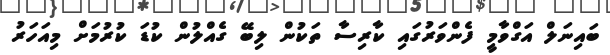
ބައިނަލް އަގްވާމީ ފެންވަރުގައި ކާރިސާ ތަކުން ލިބޭ ގެއްލުން ކުޑަ ކުރުމަށް މިއަހަރު